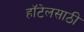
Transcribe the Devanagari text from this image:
हॉटेलसाठी